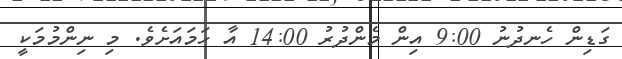
ގަޑިން ހެނދުނު 9:00 އިން މެންދުރު 14:00 އާ ހަމައަށެވެ. މި ނިންމުމަކީ